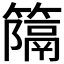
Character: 𥴩